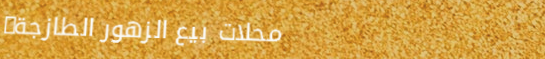
محلات بيع الزهور الطازجة: